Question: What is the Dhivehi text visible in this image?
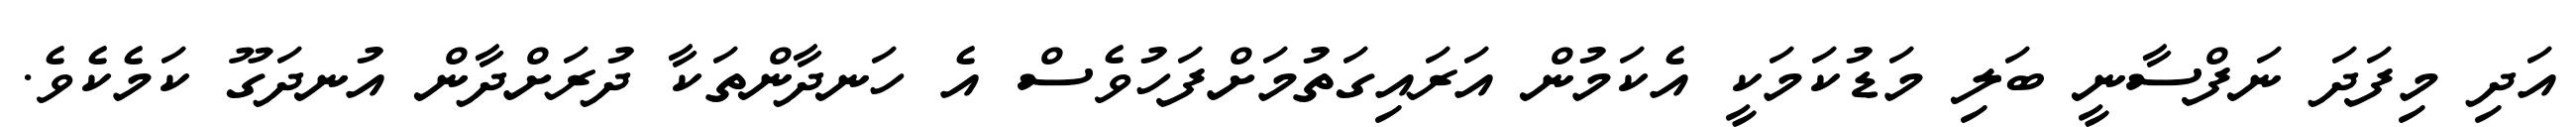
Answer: އަދި މިފަދަ ނަފްސާނީ ބަލި މަޑުކަމަކީ އެކަމުން އަރައިގަތުމަށްފަހުވެސް އެ ހަނދާންތަކާ ދުރަށްދާން އުނދަގޫ ކަމެކެވެ.